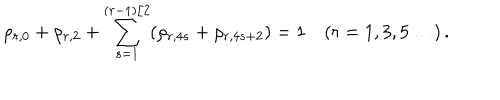
\rho _ { r , 0 } + \rho _ { r , 2 } + \sum _ { s = 1 } ^ { ( r - 1 ) / 2 } ( \rho _ { r , 4 s } + \rho _ { r , 4 s + 2 } ) = 1 \quad ( r = 1 , 3 , 5 \ldots ) \, .